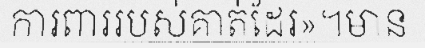
ការពាររបស់គាត់ដែរ»។មាន